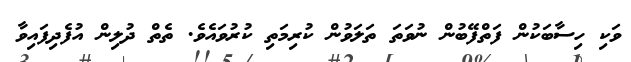
ވަކި ހިސާބަކުން ފަތްފޭބުން ނުވަތަ ތަލަވުން ކުރިމަތި ކުރުވައެވެ. ތެތް ދުލިން އުފެދިފައިވާ